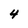
Character: 4